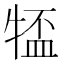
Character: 𪺰